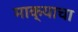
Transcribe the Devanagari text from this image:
माक्याचा